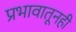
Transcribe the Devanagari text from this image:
प्रभावातूनही